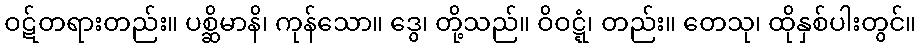
ဝဋ်တရားတည်း။ ပစ္ဆိမာနိ၊ ကုန်သော။ ဒွေ၊ တို့သည်။ ဝိဝဋ္ဋံ၊ တည်း။ တေသု၊ ထိုနှစ်ပါးတွင်။